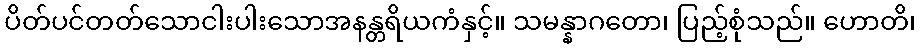
ပိတ်ပင်တတ်သောငါးပါးသောအနန္တရိယကံနှင့်။ သမန္နာဂတော၊ ပြည့်စုံသည်။ ဟောတိ၊